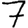
Digit: 7